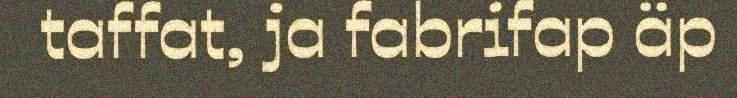
taffat, ja fabrifap äp